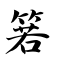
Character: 箬